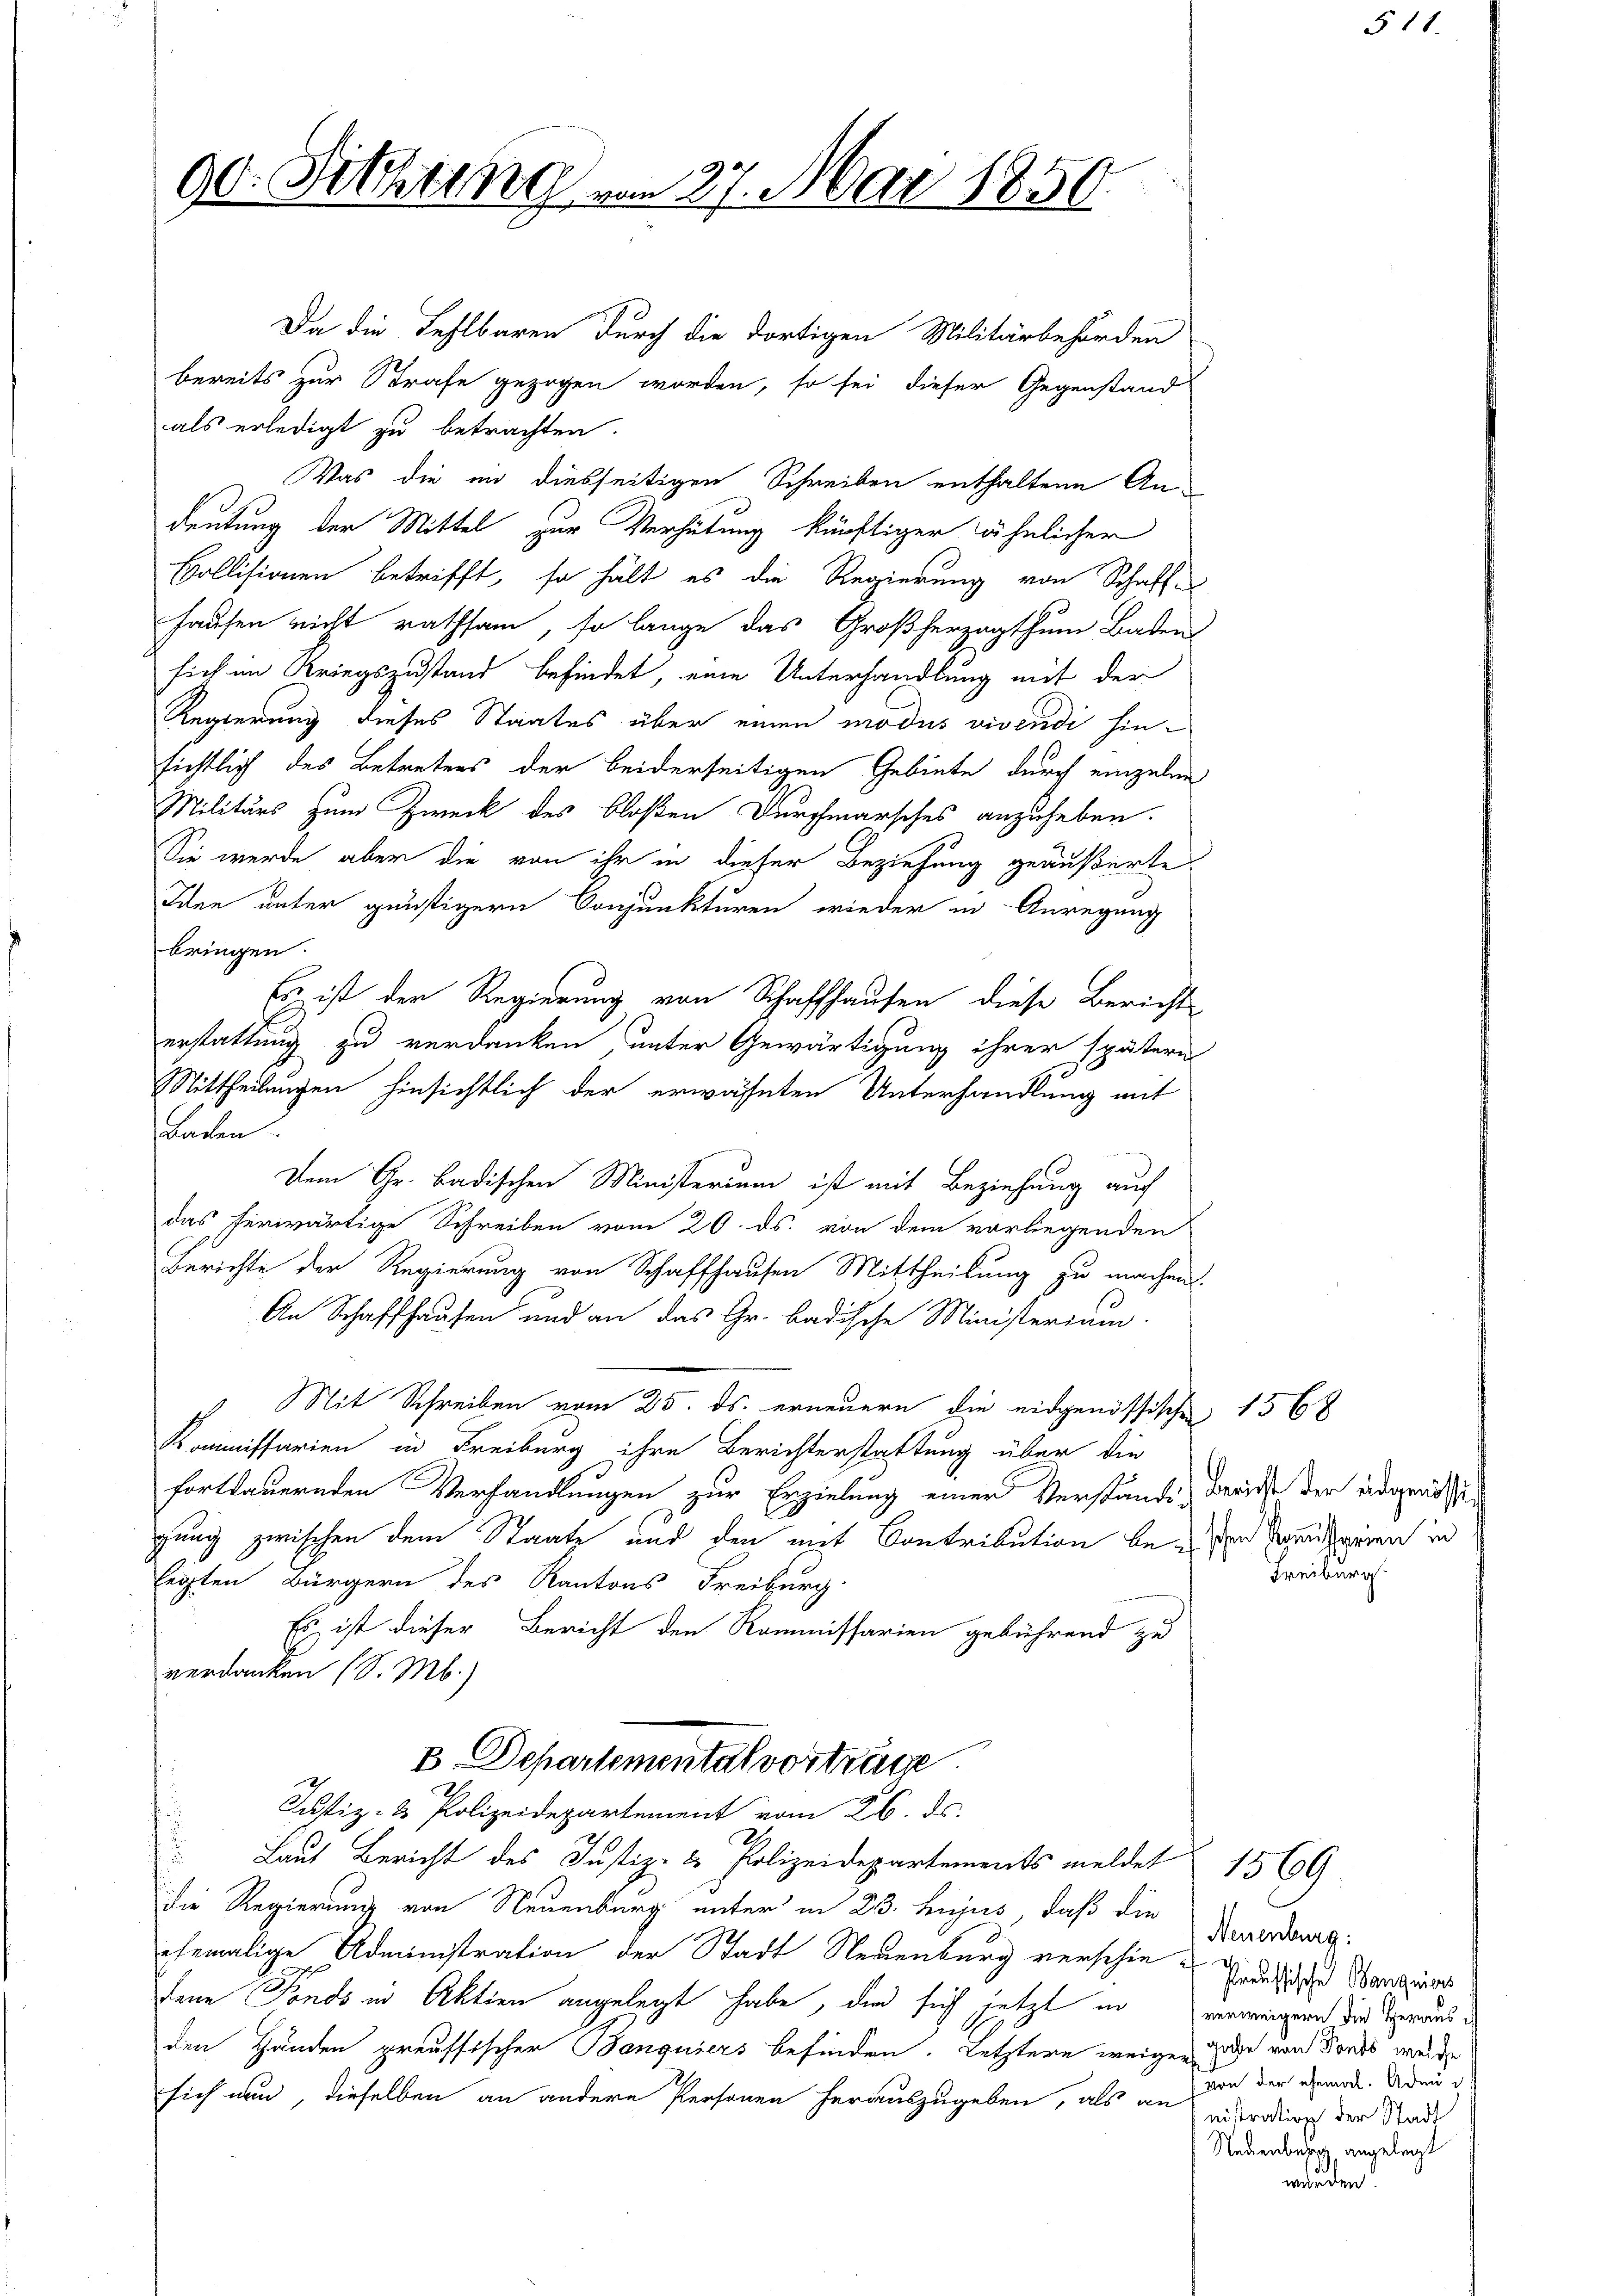
90. Sitzung vom 27. Mai 1850.

Da die Fehlbaren durch die dortigen Militärbehörden
bereits zur Strafe gezogen worden, so sei dieser Gegenstand
als erledigt zu betrachten.
Was die in diesseitigen Schreiben enthaltene An-
deutung der Mittel zur Verhütung künftiger ähnlicher
Bollisionen betrifft, so hält es die Regierung von Schaffhausen nicht rathsam, so lange das Großherzogthum Baden
sich im Kriegszustand befindet, eine Unterhandlung mit der
Regierung dieses Staates über einen modus vivendi hinsichtlich des Betretens der beiderseitigen Gebiete durch einzelne
Militärs zum Zweck des bloßen Durchmarsches anzuheben.
Sie werde, aber die von ihr in dieser Beziehung geäußerte
Iden unter günstigern Conjunkturen wieder in Anregung
bringen.
Es ist der Regierung von Schaffhausen diese Bericht
erstattung zu verdanken, unter Gewärtigung ihrer spätern
Mittheilungen hinsichtlich der erwähnten Unterhandlung mit
Baden.
Dem Gr. Badischen Ministerium ist mit Beziehung auch
das herwärtige Schreiben vom 20. ds. von dem vorliegenden
Berichte der Regierung von Schaffhausen Mittheilung zu machen.
An Schaffhausen und an das Gr. badische Ministerium.
Mit Schreiben vom 25. ds. erneuern die eidgenössischen 1568
Kommissarien in Freiburg ihre Berichterstattung über die
fortdauernden Verhandlungen zur Erzielung einer Verständig berichte der angenitu
gung zwischen dem Staate und den mit Contribution be-
legten Bürgern des Kantons Freiburg
Es ist dieser Bericht den Kommissarien gebührend zu
verdanken (S. M.)
B Departemental vorträge.
Justiz- & Polizeidepartement vom 26. ds.
Laut Bericht des Justiz- & Polizeidepartements meldet 1569.
die Regierung von Neuenburg unter in 23. hujus, daß die Verwang.
ehemalige Administration der Stadt Neuenburg verschie-Gedeihe Handzins
dene Fonds in Aktien angelegt habe, der sich jetzt in verweigen die Gerades
den Händen preussischer Banquiers befinden. Letztere weigen und von Fonds weide
sich nun, dieselben an andere Personen herauszugeben, als an die der gemals Aden

schen Kommissgrien in
Freiburg

3

11

nistration der Stadt
Nedenberg angelegt
wurden.